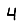
Digit: 4